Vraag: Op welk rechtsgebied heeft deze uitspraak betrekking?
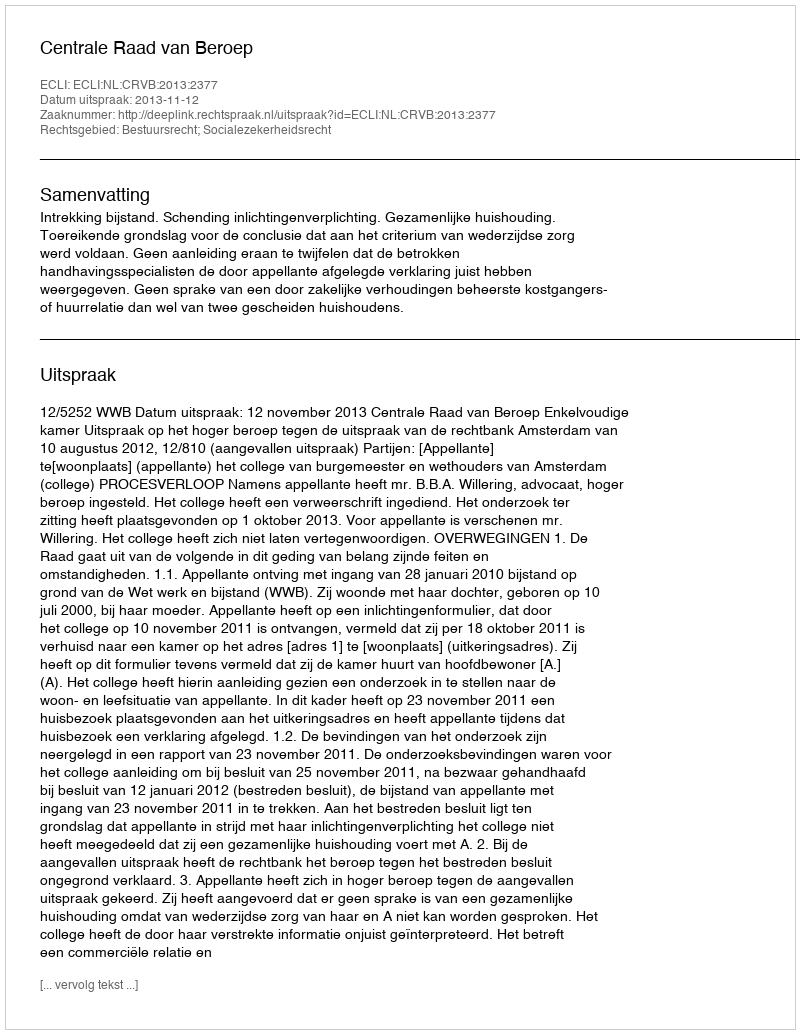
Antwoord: Bestuursrecht; Socialezekerheidsrecht